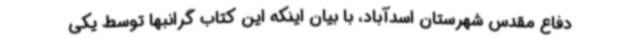
دفاع مقدس شهرستان اسدآباد، با بیان اینکه این کتاب گرانبها توسط یکی